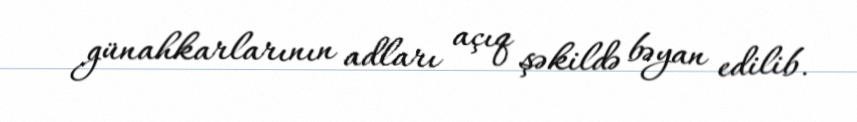
günahkarlarının adları açıq şəkildə bəyan edilib.